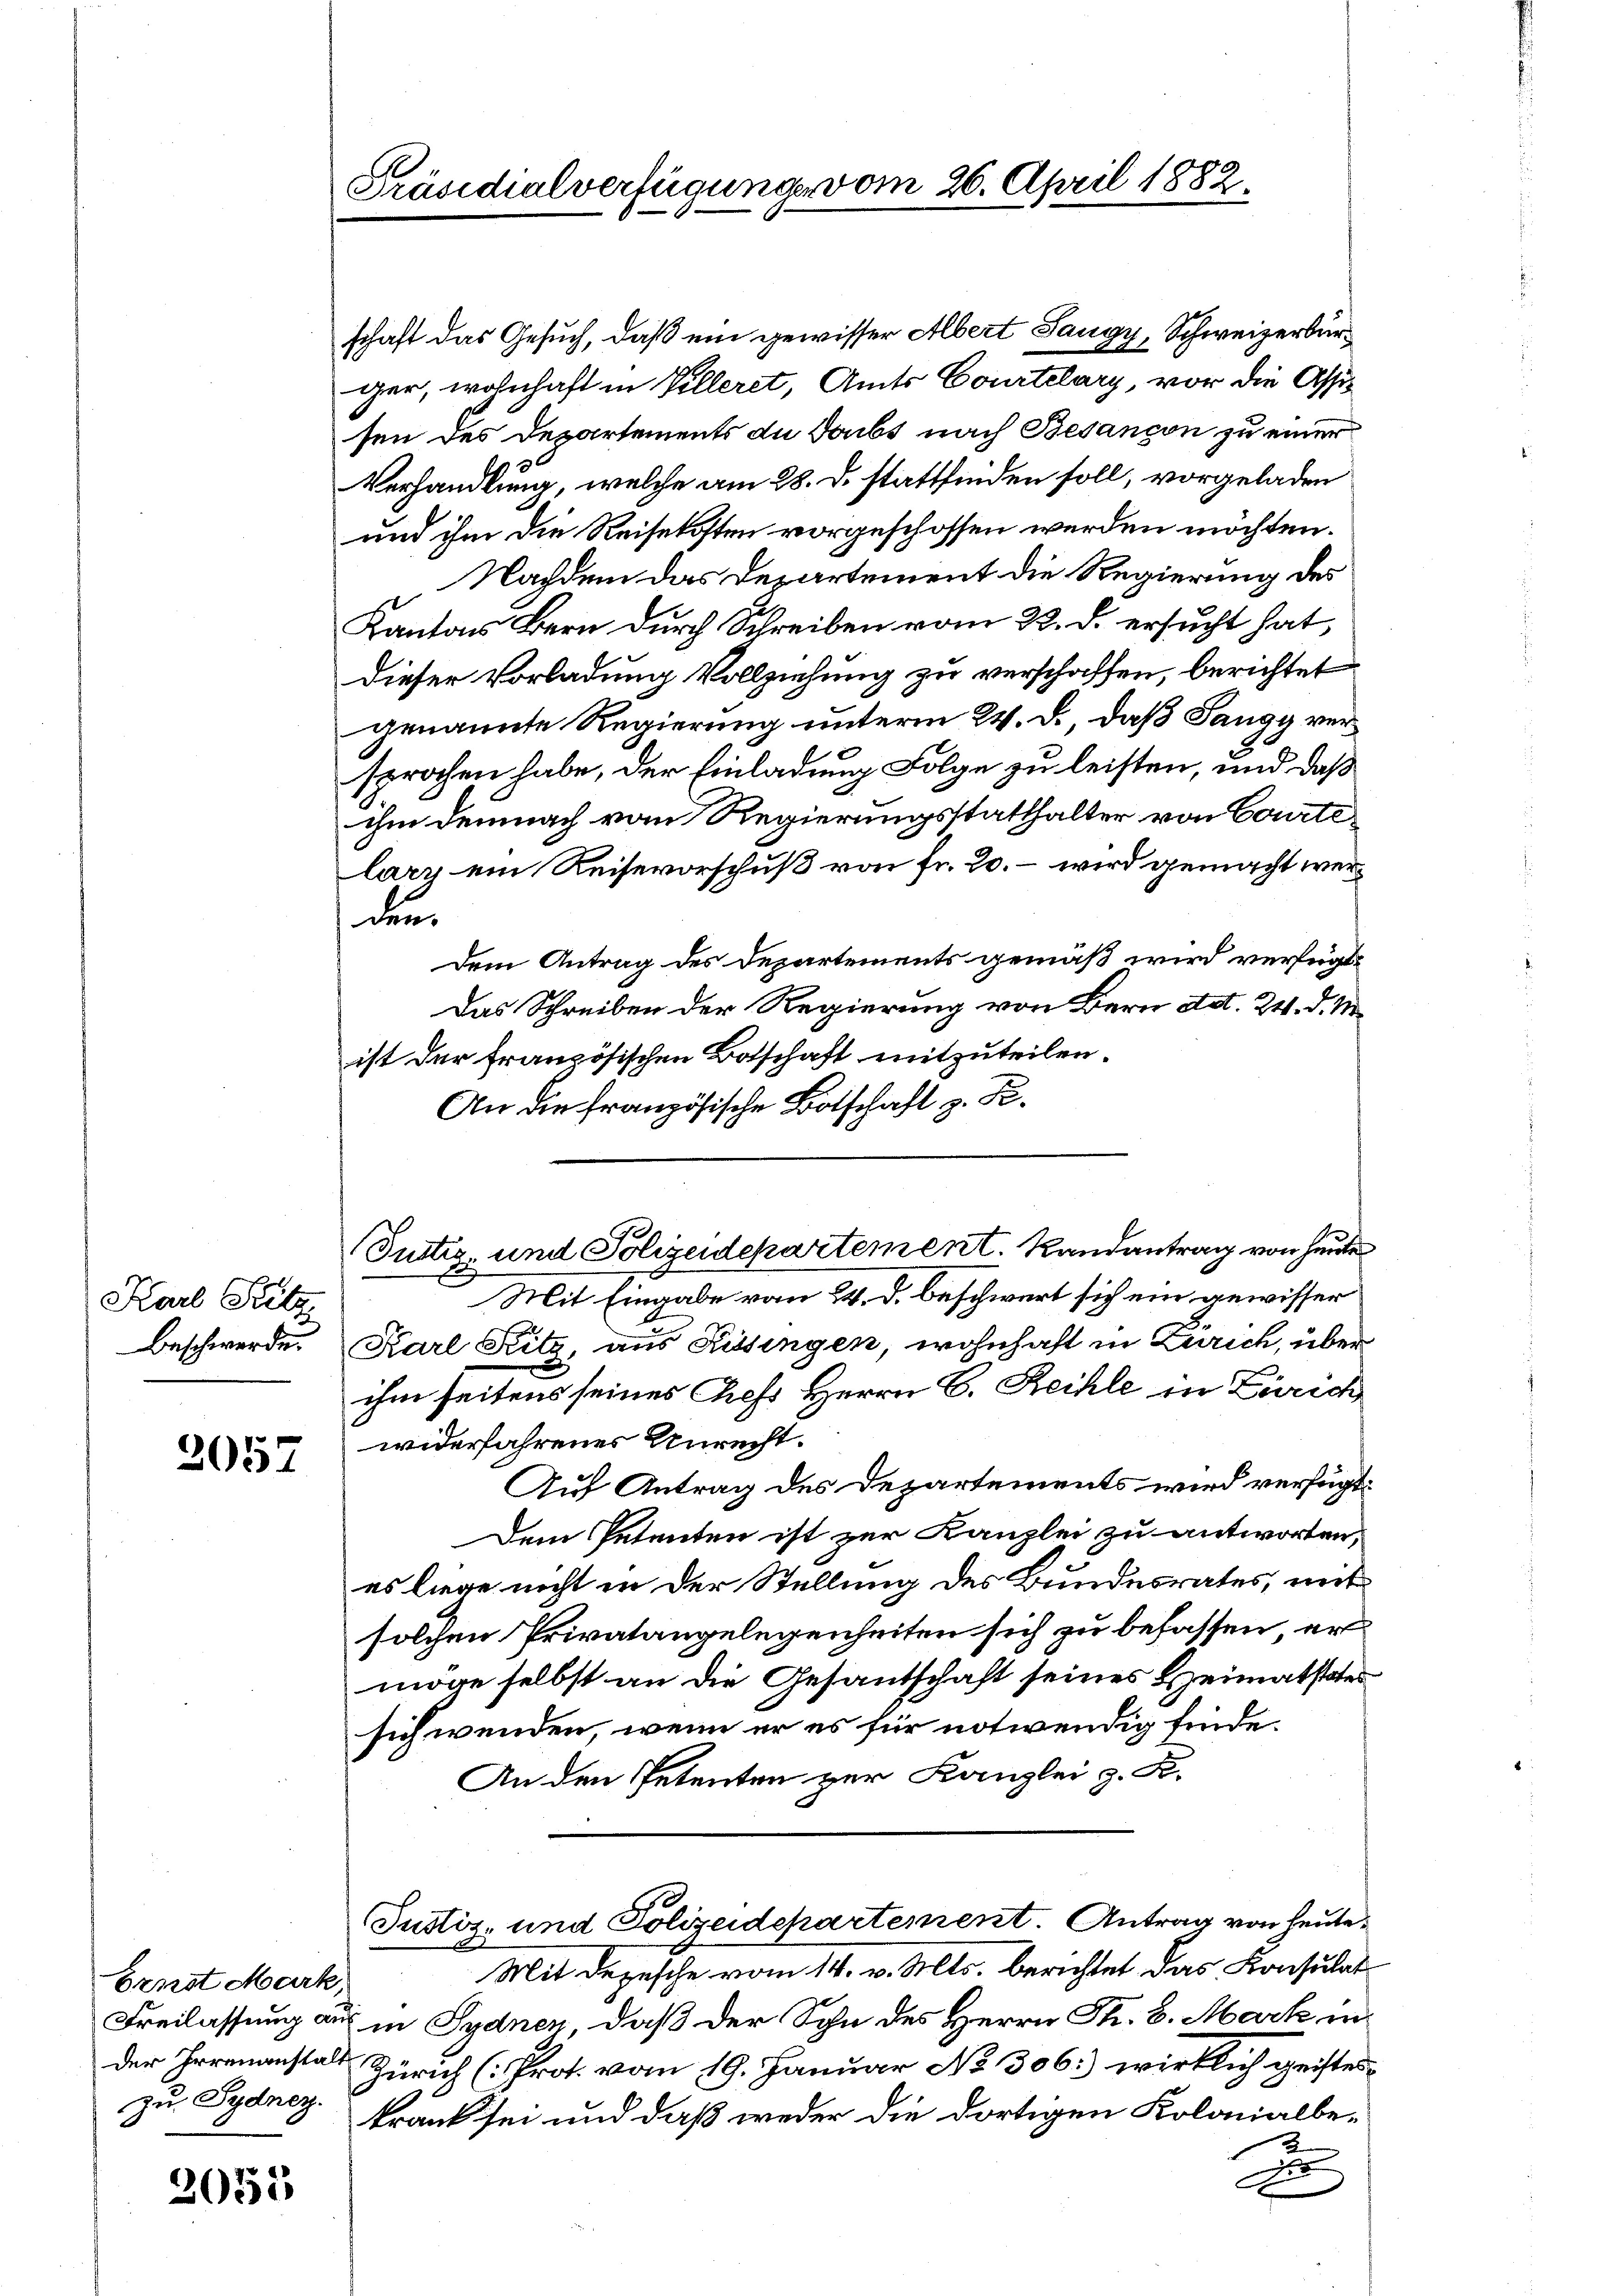
Karl Pitz
Beschwerde.

2057

Ernst Mark,
zu. Sydnez.

2055

Präsidialverfügung vom 26. April 1882.

schaft das Gesuch, daß ein gewisser Albert Sangy, Schweizerbürger, wohnhaft in Villeret, Amts Courtelary, vor die Assisen des Departements du Toubs nach Besançon zu einer
Verhandlung, welche am 28. d. stattfinden soll, vorgeladen
und ihm die Reisekosten vorgeschossen werden möchten.
Nachdem das Departement die Regierung des
Kantons Bern durch Schreiben vom 22. d. ersucht hat,
dieser Vorladung Vollziehung zu verschaffen, berichtet
genannte Regierung unterm 24. d. daß Tangy versprochen habe, der Einladung Folge zu leisten, und daß
ihm demnach vom Regierungsstatthalter von Courte
lary ein Reisevorschuß von Fr. 20. – wird gemacht werden
Dem Antrag des Departements gemäß wird verfügt:
Das Schreiben der Regierung von Bern Art. 24. d. M.
ist der Französischen Botschaft mitzuteilen.
An die französische Botschaft z. Fe¬
Justiz, und Polizeidepartement. Randantrag von heute
Mit Eingabe vom 24. d. beschwert sich ein gewisser
Karl Ritz, aus Kissingen, wohnhaft in Zürich, über
ihm seitens seines Chefs Herrn C. Reihle in Zürich
widerfahrener Unrecht.
Auf Antrag des Departements wird verfügt:
Dem Petenten ist zur Kanzlei zu antworten,
es liege nicht in der Stellung des Bundesrates, mit
solchen Privatangelegenheiten sich zu befassen, er
möge selbst an die Gesantschaft seines Heimatstates
sich wenden, wenn er es für notwendig finde.
An den Petenten zur Kanzlei z. B.
Justiz- und Polizeidepartement. Antrag von heute

Mit Depesche vom 14. v. Mts. berichtet das Konsulat
Freilassung aus in Sydnen, daß der Sohn des Herrn St. B. Mark in
der Irrenanstalt Zürich (Prot. vom 19. Januar No 306.) wirklich geisteskrank sei und daß weder die dortigen Kolonialbe¬